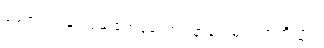
ရေအယဉ်နှင့်ပြည့်စုံကုန်သော။ နာနာဒုမဂဏာကိဏ္ဏာ၊